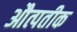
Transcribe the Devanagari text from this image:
औत्पतीक